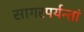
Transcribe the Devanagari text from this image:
सागरपर्यन्तां